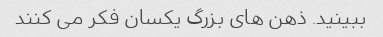
ببینید. ذهن های بزرگ یکسان فکر می کنند